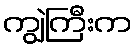
ကျွဲကြီးက